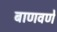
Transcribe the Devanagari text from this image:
बाणवणे